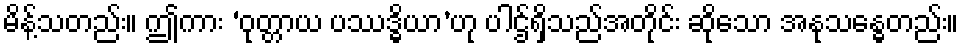
မိန့်သတည်း။ ဤကား ‘ဝုတ္တာယ ပဿဒ္ဓိယာ’ဟု ပါဌ်ရှိသည်အတိုင်း ဆိုသော အနုသန္ဓေတည်း။